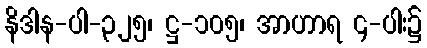
နိဒါန-ပါ-၃၂၅၊ ဋ္ဌ-၁၀၅၊ အာဟာရ ၄-ပါး၌